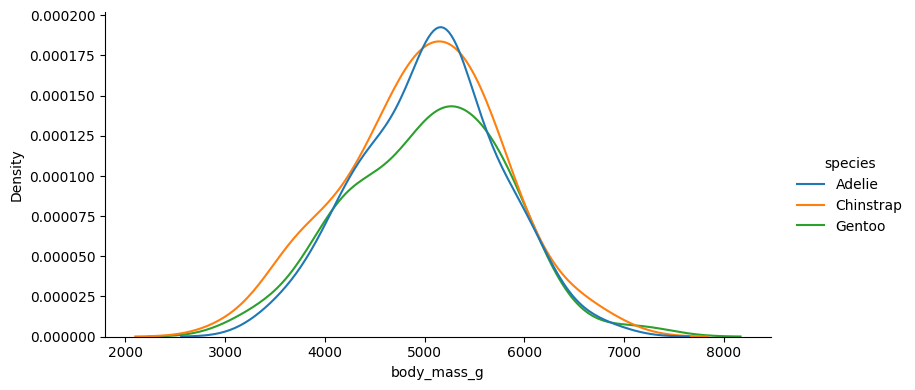
python, seaborn, displot, kind='kde', column='body_mass_g', hue='species', height=4, aspect=2.0